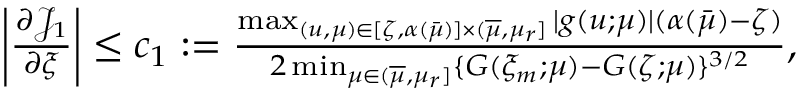
\begin{array} { r } { \left| \frac { \partial { \mathcal J } _ { 1 } } { \partial \xi } \right| \leq c _ { 1 } : = \frac { \operatorname* { m a x } _ { ( u , \mu ) \in [ \zeta , \alpha ( \bar { \mu } ) ] \times ( \overline { { \mu } } , \mu _ { r } ] } | g ( u ; \mu ) | ( \alpha ( \bar { \mu } ) - \zeta ) } { 2 \operatorname* { m i n } _ { \mu \in ( \overline { { \mu } } , \mu _ { r } ] } \{ G ( \xi _ { m } ; \mu ) - G ( \zeta ; \mu ) \} ^ { 3 / 2 } } , } \end{array}